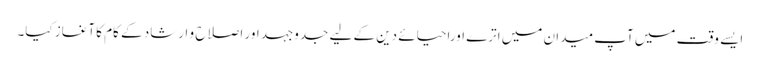
ایسے وقت میں آپ میدان میں اترے اوراحیائے دین کے لیے جدوجہد اور اصلاح و ارشاد کے کام کا آغاز کیا۔